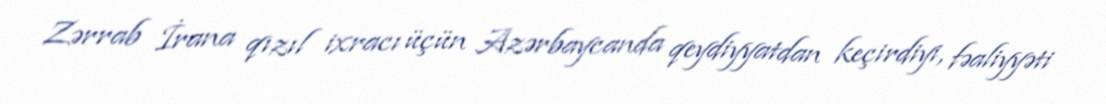
Zərrab İrana qızıl ixracı üçün Azərbaycanda qeydiyyatdan keçirdiyi, fəaliyyəti